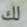
لك